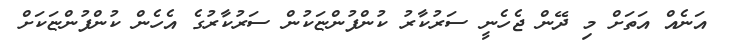
އަނެއް އަތަށް މި ދޭން ޖެހެނީ ސަރުކާރު ކުންފުންޏަކުން ސަރުކާރުގެ އެހެން ކުންފުންޏަކަށް